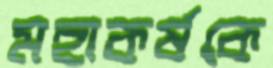
মহাকর্ষকে